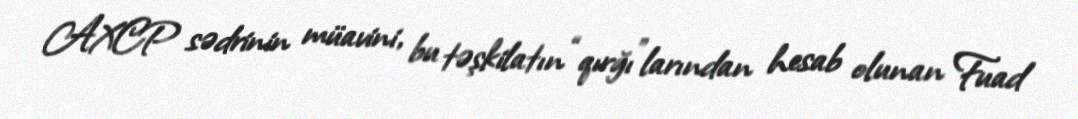
AXCP sədrinin müavini, bu təşkilatın “qırğı”larından hesab olunan Fuad